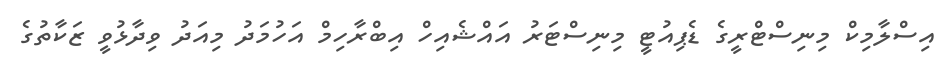
އިސްލާމިކް މިނިސްޓްރީގެ ޑެޕިއުޓީ މިނިސްޓަރު އައްޝެއިހް އިބްރާހިމް އަހުމަދު މިއަދު ވިދާޅުވީ ޒަކާތުގެ